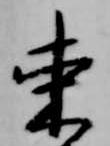
束